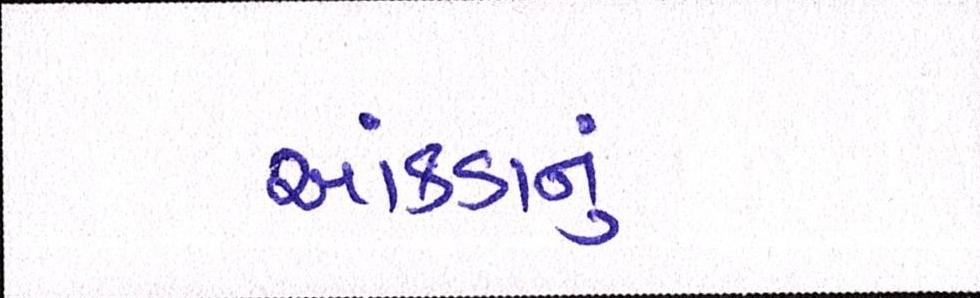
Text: આંકડાનું